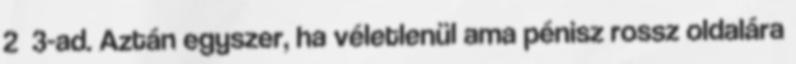
2 3-ad. Aztán egyszer, ha véletlenül ama pénisz rossz oldalára